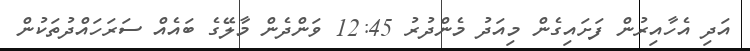
އަދި އެހާއިރުން ފަށައިގެން މިއަދު މެންދުރު 12:45 ވަންދެން މާލޭގެ ބައެއް ސަރަހައްދުތަކުން